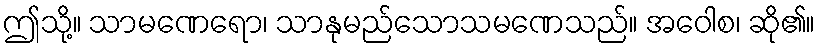
ဤသို့။ သာမဏေရော၊ သာနုမည်သောသမဏေသည်။ အဝေါစ၊ ဆို၏။